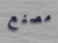
مصنع